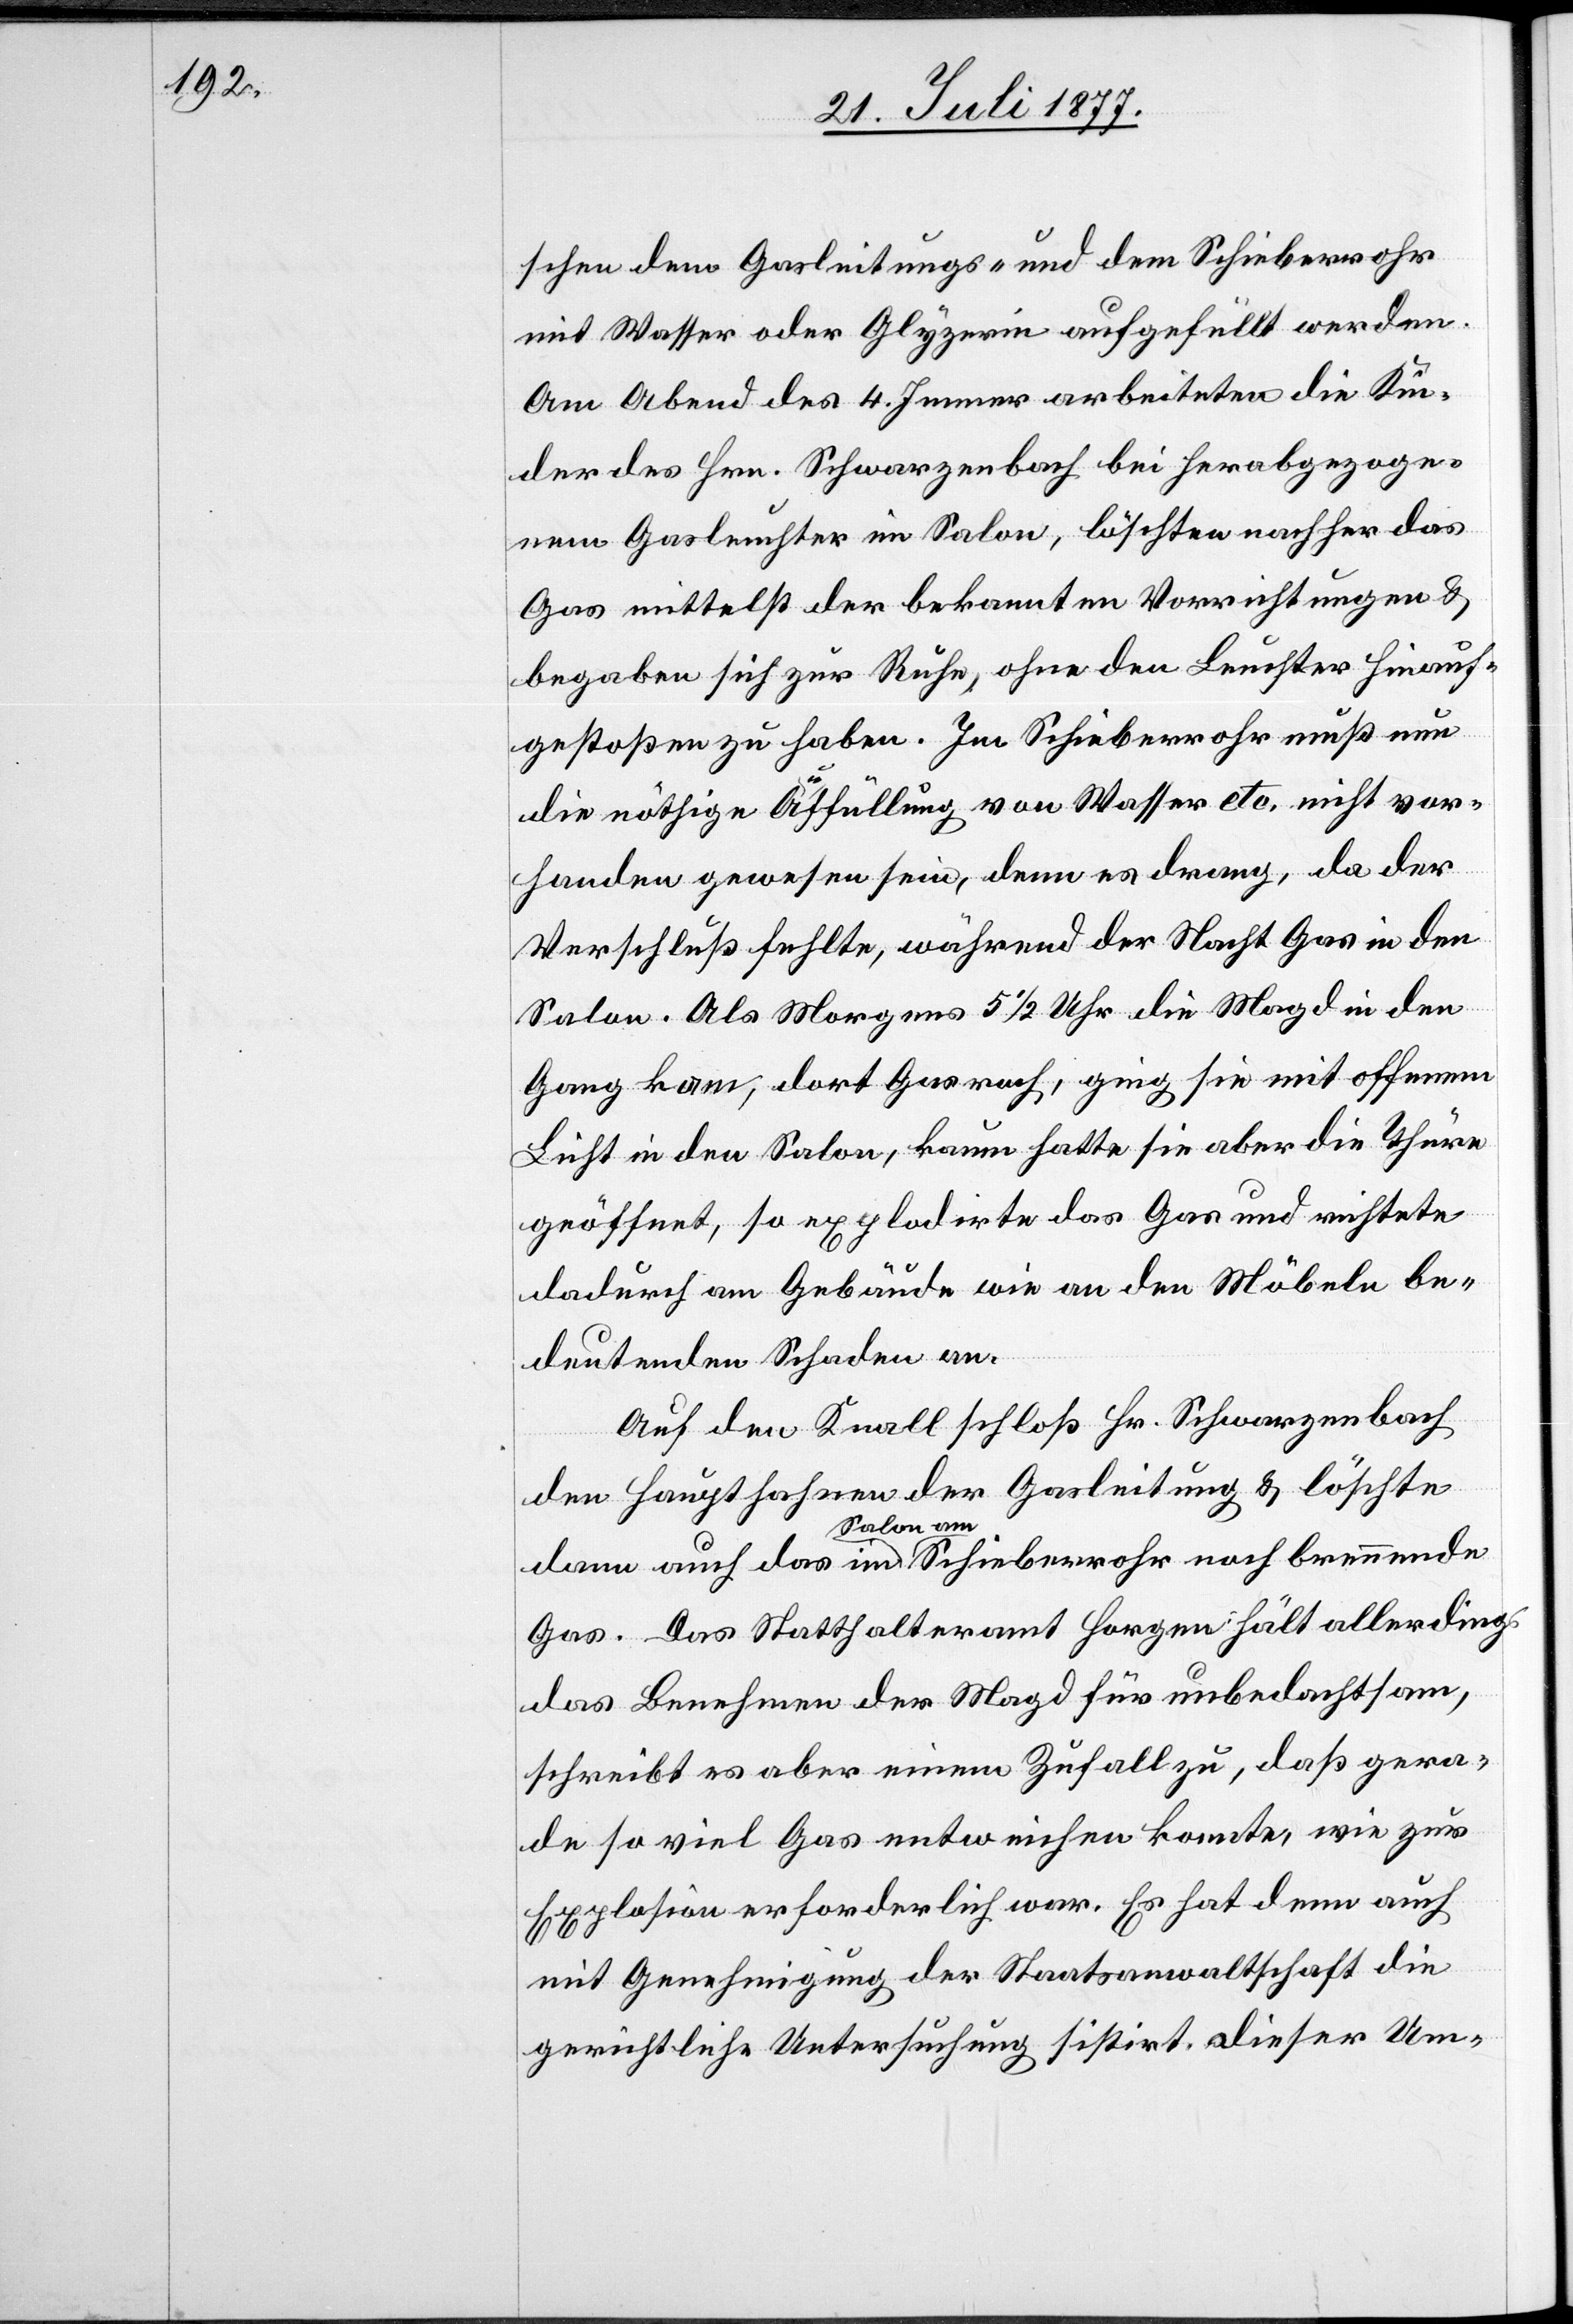
schen dem Gasleitungs- und dem Schieberrohr
mit Wasser oder Glyzerin aufgefüllt werden.
Am Abend des 4. Jenner arbeiteten die Kin¬
der des Hrn. Schwarzenbach bei herabgezoge¬
nem Gasleuchter im Salon, löschten nachher das
Gas mittelst der bekannten Vorrichtungen &
begaben sich zur Ruhe, ohne den Leuchter hinauf¬
gestoßen zu haben. Im Schieberrohr muß nun
die nöthige Auffüllung von Wasser etc. nicht vor¬
handen gewesen sein, denn es drang, da der
Verschluß fehlte, während der Nacht Gas in den
Salon. Als Morgens 5 1/2 Uhr die Magd in den
Gang kam, dort Gas roch, ging sie mit offenem
Licht in den Salon, kaum hatte sie aber die Thüre
geöffnet, so explodirte das Gas und richtete
dadurch am Gebäude wie an den Möbeln be¬
deutenden Schaden an.
Auf den Knall schloß Hr. Schwarzenbach
den Haupthahnen der Gasleitung & löschte
Salon am
Gas. Das Statthalteramt Horgen hält allerdings
das Benehmen der Magd für unbedachtsam,
schreibt es aber einem Zufall zu, daß gera¬
de so viel Gas entweichen konnte, wie zur
Explosion erforderlich war. Es hat denn auch
mit Genehmigung der Staatsanwaltschaft die
gerichtliche Untersuchung sistirt. Dieser Um-